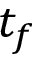
t _ { f }